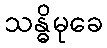
သန္ဓိမုခေ